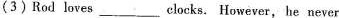
(3)Rod loves___clocks. However, he never